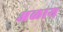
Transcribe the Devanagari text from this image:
अळाय